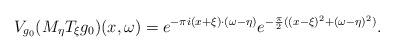
LaTeX: \begin{align*}V_{g_0} (M_\eta T_\xi g_0)(x,\omega) = e^{-\pi i (x+\xi) \cdot (\omega - \eta)} e^{-\frac{\pi}{2} ((x-\xi)^2 + (\omega-\eta)^2)}.\end{align*}